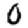
Digit: 0